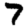
Digit: 7